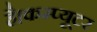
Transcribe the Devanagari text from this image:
है।कम्प्यूटर